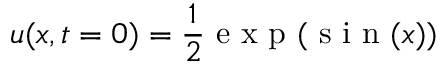
u ( x , t = 0 ) = \frac { 1 } { 2 } \mathrm { ~ e ~ x ~ p ~ } ( \mathrm { ~ s ~ i ~ n ~ } ( x ) )